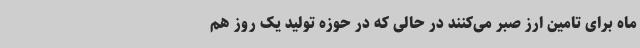
ماه برای تامین ارز صبر می‌کنند در حالی ‌که در حوزه تولید یک روز هم